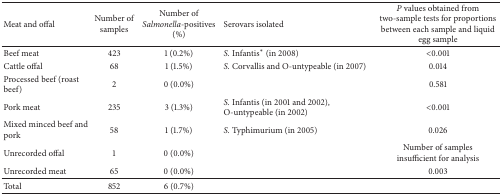
<table><thead><tr><td><b>Meat and offal</b></td><td><b>Number of samples</b></td><td><b>Number of <i>Salmonella</i>-positives (%)</b></td><td><b>Serovars isolated</b></td><td><b><i>P</i> values obtained from two-sample tests for proportions between each sample and liquid egg sample</b></td></tr></thead><tbody><tr><td>Beef meat</td><td>423</td><td>1 (0.2%)</td><td><i>S. </i>Infantis* (in 2008)</td><td>&lt;0.001</td></tr><tr><td>Cattle offal</td><td>68</td><td>1 (1.5%)</td><td><i>S.</i> Corvallis and O-untypeable (in 2007)</td><td>0.014</td></tr><tr><td>Processed beef (roast beef)</td><td>2</td><td>0 (0.0%)</td><td> </td><td>0.581</td></tr><tr><td>Pork meat</td><td>235</td><td>3 (1.3%)</td><td><i>S. </i>Infantis (in 2001 and 2002), O-untypeable (in 2002)</td><td>&lt;0.001</td></tr><tr><td>Mixed minced beef and pork</td><td>58</td><td>1 (1.7%)</td><td><i>S.</i> Typhimurium (in 2005)</td><td>0.026</td></tr><tr><td>Unrecorded offal</td><td>1</td><td>0 (0.0%)</td><td> </td><td>Number of samples insufficient for analysis</td></tr><tr><td>Unrecorded meat</td><td>65</td><td>0 (0.0%)</td><td> </td><td>0.003</td></tr><tr><td>Total</td><td>852</td><td>6 (0.7%)</td><td> </td><td> </td></tr></tbody></table>